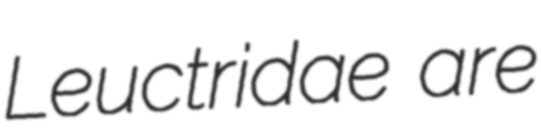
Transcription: Leuctridae are